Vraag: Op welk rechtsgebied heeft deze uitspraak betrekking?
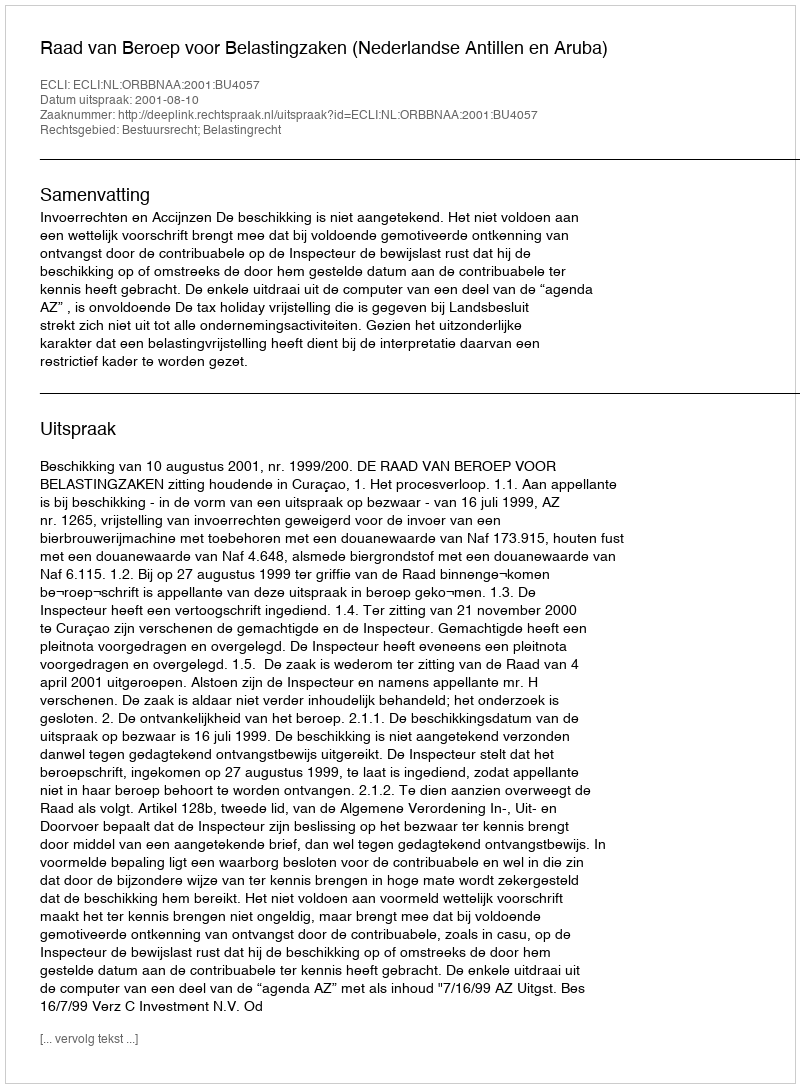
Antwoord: Bestuursrecht; Belastingrecht